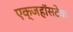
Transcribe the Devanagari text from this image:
एक्जहॉसटेक